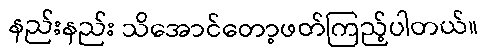
နည်းနည်း သိအောင်တော့ဖတ်ကြည့်ပါတယ်။